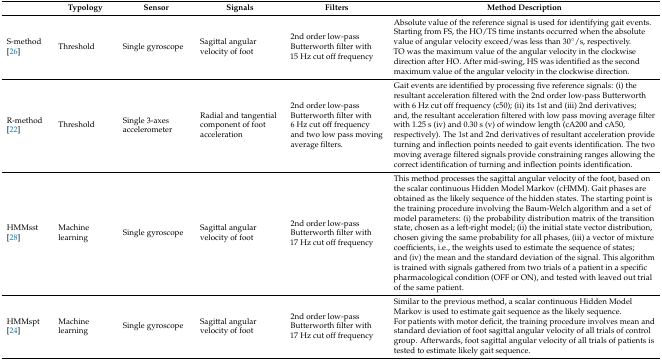
|  | Typology | Sensor | Signals | Filters | Method Description |
 | --- | --- | --- | --- | --- | --- |
 | S-method[26] | Threshold | Single gyroscope | Sagittal angular velocity of foot | 2nd order low-pass Butterworth filter with 15 Hz cut off frequency | Absolute value of the reference signal is used for identifying gait events. Starting from FS, the HO/TS time instants occurred when the absolute value of angular velocity exceed/was less than 30°/s, respectively. TO was the maximum value of the angular velocity in the clockwise direction after HO. After mid-swing, HS was identified as the second maximum value of the angular velocity in the clockwise direction. |
 | R-method[22] | Threshold | Single 3-axes accelerometer | Radial and tangential component of foot acceleration | 2nd order low-pass Butterworth filter with 6 Hz cut off frequency and two low pass moving average filters. | Gait events are identified by processing five reference signals: (i) the resultant acceleration filtered with the 2nd order low-pass Butterworth with 6 Hz cut off frequency (c50); (ii) its 1st and (iii) 2nd derivatives; and, the resultant acceleration filtered with low pass moving average filter with 1.25 s (iv) and 0.30 s (v) of window length (cA200 and cA50, respectively). The 1st and 2nd derivatives of resultant acceleration provide turning and inflection points needed to gait events identification. The two moving average filtered signals provide constraining ranges allowing the correct identification of turning and inflection points identification. |
 | HMMsst[28] | Machine learning | Single gyroscope | Sagittal angular velocity of foot | 2nd order low-pass Butterworth filter with 17 Hz cut off frequency | This method processes the sagittal angular velocity of the foot, based on the scalar continuous Hidden Model Markov (cHMM). Gait phases are obtained as the likely sequence of the hidden states. The starting point is the training procedure involving the Baum-Welch algorithm and a set of model parameters: (i) the probability distribution matrix of the transition state, chosen as a left-right model; (ii) the initial state vector distribution, chosen giving the same probability for all phases, (iii) a vector of mixture coefficients, i.e., the weights used to estimate the sequence of states; and (iv) the mean and the standard deviation of the signal. This algorithm is trained with signals gathered from two trials of a patient in a specific pharmacological condition (OFF or ON), and tested with leaved out trial of the same patient. |
 | HMMspt[24] | Machine learning | Single gyroscope | Sagittal angular velocity of foot | 2nd order low-pass Butterworth filter with 17 Hz cut off frequency | Similar to the previous method, a scalar continuous Hidden Model Markov is used to estimate gait sequence as the likely sequence. For patients with motor deficit, the training procedure involves mean and standard deviation of foot sagittal angular velocity of all trials of control group. Afterwards, foot sagittal angular velocity of all trials of patients is tested to estimate likely gait sequence. |